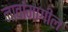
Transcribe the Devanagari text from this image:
नावांमागील